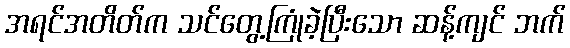
အရင်အတိတ်က သင်တွေ့ကြုံခဲ့ပြီးသော ဆန့်ကျင် ဘက်